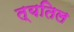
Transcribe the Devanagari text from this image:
त्यतिल